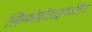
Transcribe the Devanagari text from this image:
लिम्फोप्रोलाइफलेटिव